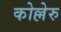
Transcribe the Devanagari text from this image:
कोल्लेरु